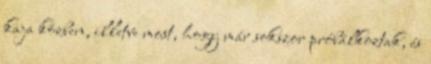
kaja közben, illetve most, hogy már sokszor próbálkoztak, és